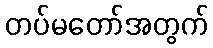
တပ်မတော်အတွက်